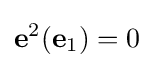
\mathbf {e} ^{2}(\mathbf {e} _{1})=0